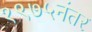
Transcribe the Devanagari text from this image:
१९७५नंतर